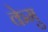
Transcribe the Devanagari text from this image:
केमु